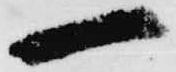
一